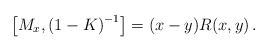
\begin{align*}\left[M_x,\left(1-K\right)^{-1}\right]=(x-y)R(x,y)\, .\end{align*}